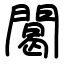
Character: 䦪